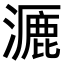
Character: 𪷝